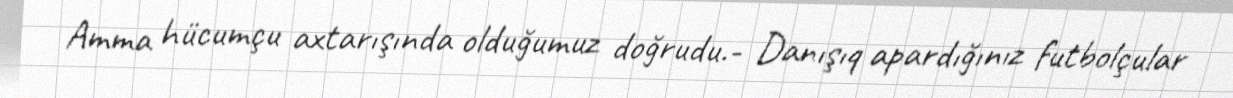
Amma hücumçu axtarışında olduğumuz doğrudu.- Danışıq apardığınız futbolçular